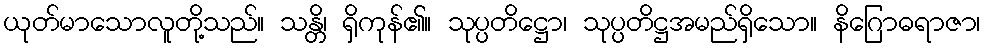
ယုတ်မာသောလူတို့သည်။ သန္တိ၊ ရှိကုန်၏။ သုပ္ပတိဋ္ဌော၊ သုပ္ပတိဋ္ဌအမည်ရှိသော။ နိဂြောဓရာဇာ၊